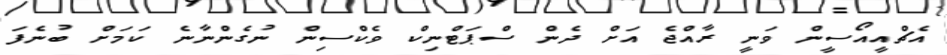
އެޗްއީއޯސީން ވަނީ ރާއްޖެ އަށް ދެން ސްޕަޓްނިކް ވެކްސިން ނުގެންނާނެ ކަމަށް ބުނެފަ